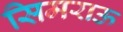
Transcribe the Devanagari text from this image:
सिमराऊ